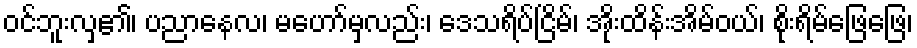
ဝင်ဘူးလှ၏၊ ပညာနေလ၊ မဟော်မှလည်း၊ ဒေသရိပ်ငြိမ်၊ အိုးထိန်းအိမ်ဝယ်၊ စိုးရိမ်ဖြေဖြေ၊